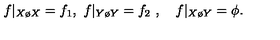
f | _ { X \o X } = f _ { 1 } , \ f | _ { Y \o Y } = f _ { 2 } \ , \quad f | _ { X \o Y } = \phi .